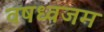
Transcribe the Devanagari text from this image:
वषध्वजम